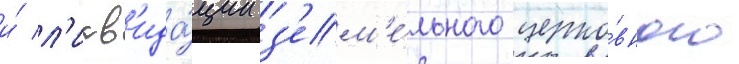
и́ л'икв'ида́ции з'ем'е́льного церко́вного